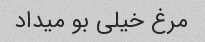
مرغ خیلی بو میداد